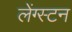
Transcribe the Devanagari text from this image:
लेंग्स्टन